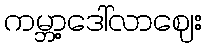
ကမ္ဘာ့ဒေါ်လာဈေး